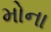
મોના